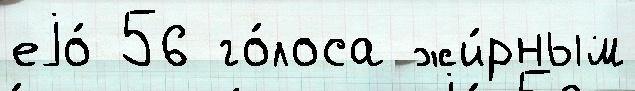
еjо́ 56 го́лоса жи́рным